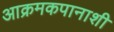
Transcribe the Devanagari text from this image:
आक्रमकपानाशी